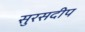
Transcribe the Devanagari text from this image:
सुरसदीप